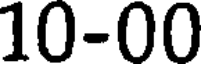
10-00